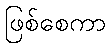
ဖြစ်စေကာ